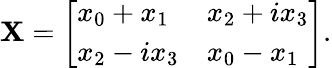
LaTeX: \mathbf{X}={\left[\begin{array}{ll}{x_{0}+x_{1}}&{x_{2}+ix_{3}}\\ {x_{2}-ix_{3}}&{x_{0}-x_{1}}\end{array}\right]}.